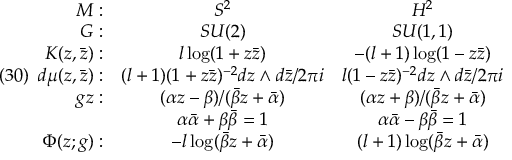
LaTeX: ( 3 0 ) \begin{array} { r c c } { { { \cal M } : } } & { { S ^ { 2 } } } & { { H ^ { 2 } } } \\ { { { \cal G } : } } & { { S U ( 2 ) } } & { { S U ( 1 , 1 ) } } \\ { { K ( z , \bar { z } ) : } } & { { l \log ( 1 + z \bar { z } ) } } & { { - ( l + 1 ) \log ( 1 - z \bar { z } ) } } \\ { { d \mu ( z , \bar { z } ) : } } & { { ( l + 1 ) ( 1 + z \bar { z } ) ^ { - 2 } d z \wedge d \bar { z } / 2 \pi i } } & { { l ( 1 - z \bar { z } ) ^ { - 2 } d z \wedge d \bar { z } / 2 \pi i } } \\ { { g z : } } & { { ( \alpha z - \beta ) / ( \bar { \beta } z + \bar { \alpha } ) } } & { { ( \alpha z + \beta ) / ( \bar { \beta } z + \bar { \alpha } ) } } \\ { { \; } } & { { \alpha \bar { \alpha } + \beta \bar { \beta } = 1 } } & { { \alpha \bar { \alpha } - \beta \bar { \beta } = 1 } } \\ { { \Phi ( z ; g ) : } } & { { - l \log ( \bar { \beta } z + \bar { \alpha } ) } } & { { ( l + 1 ) \log ( \bar { \beta } z + \bar { \alpha } ) } } \end{array}